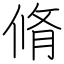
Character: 脩